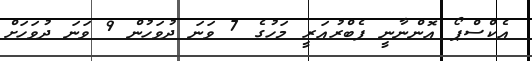
އެކްސްޕޯ އޮންނާނީ ފެބްރުއަރީ މަހުގެ 7 ވަނަ ދުވަހުން 9 ވަނަ ދުވަހަށް